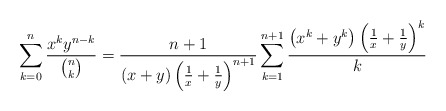
\begin{align*}\sum_{k = 0}^{n} \frac{x^k y^{n - k}}{\binom{n}{k}} = \frac{n + 1}{(x + y) \left(\frac{1}{x} + \frac{1}{y}\right)^{n + 1}} \sum_{k = 1}^{n + 1} \frac{\left(x^k + y^k\right) \left(\frac{1}{x} + \frac{1}{y}\right)^k}{k}\end{align*}